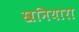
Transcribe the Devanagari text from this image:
खनियारा